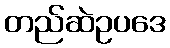
တည်ဆဲဥပဒေ